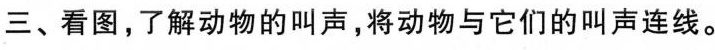
三、看图，了解动物的叫声，将动物与它们的叫声连线。